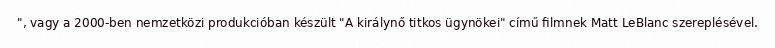
", vagy a 2000-ben nemzetközi produkcióban készült "A királynő titkos ügynökei" című filmnek Matt LeBlanc szereplésével.